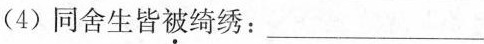
(4) 同舍生皆被绮绣：___